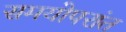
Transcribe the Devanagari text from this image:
समयोपरांत